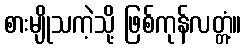
စားမျိုသကဲ့သို့ ဖြစ်ကုန်လတ္တံ့။